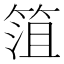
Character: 䈌